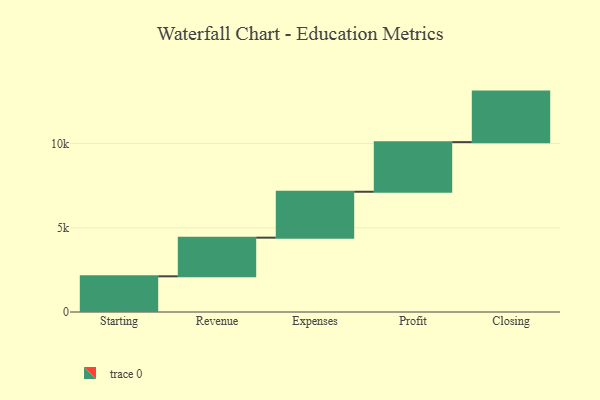
{"axis": {"x": "Step", "y": "Value"}, "legend": [""], "data": [{"x": "Starting", "y": 2119.0, "type": ""}, {"x": "Revenue", "y": 2295.0, "type": ""}, {"x": "Expenses", "y": 2726.0, "type": ""}, {"x": "Profit", "y": 2946.0, "type": ""}, {"x": "Closing", "y": 3000, "type": ""}]}